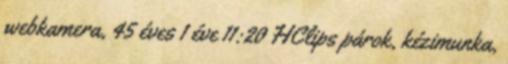
webkamera, 45 éves 1 éve 11:20 HClips párok, kézimunka,